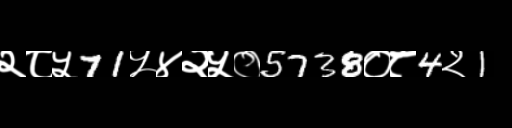
Text: २८५71५४२५०5738०८4२1